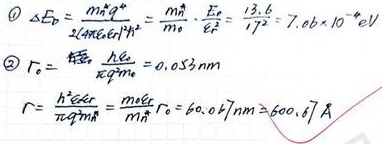
\begin{align}
\textcircled{1} \Delta E_{b} &= \frac{m_{e}c^{2}}{2(1+\frac{E_{0}}{m_{0}c^{2}})^{2}} = \frac{m_{e}}{m_{0}} \cdot \frac{E_{0}}{(1+\frac{E_{0}}{m_{0}c^{2}})^{2}} = \frac{13.6}{17^{2}} = 7.06\times10^{-2}\text{ eV}\\
\textcircled{2} r_{0} &= \frac{\hbar c}{\pi m_{e}c^{2}} = 0.053\text{ nm}\\
r &= \frac{\hbar^{2}c\varepsilon_{0}}{\pi m_{e}e^{2}} = \frac{m_{e}c^{2}}{m_{\pi}c^{2}}r_{0} = 60.07\text{ nm} \approx 600.67\text{ }\mathring{\text{A}}
\end{align}